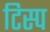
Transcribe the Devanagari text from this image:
टिस्प